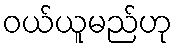
ဝယ်ယူမည်ဟု